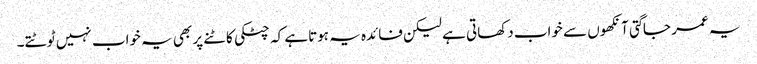
یہ عمر جاگتی آنکھوں سے خواب دکھاتی ہے لیکن فائدہ یہ ہوتاہے کہ چٹکی کاٹنے پر بھی یہ خواب نہیں ٹوٹتے۔